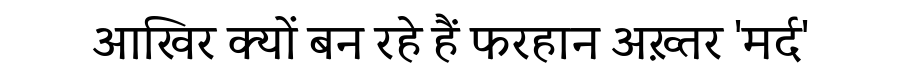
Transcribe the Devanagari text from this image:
आखिर क्यों बन रहे हैं फरहान अख़्तर 'मर्द'